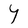
Character: Y